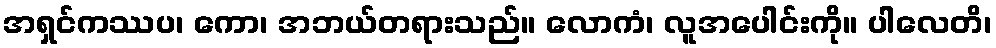
အရှင်ကဿပ၊ ကော၊ အဘယ်တရားသည်။ လောကံ၊ လူအပေါင်းကို။ ပါလေတိ၊